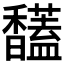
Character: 𩡤